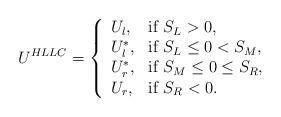
LaTeX: \begin{align*}U^{HLLC}=\left\{\begin{array}{ll}U_l, &\textrm{if $S_L>0$},\\U^{*}_l, &\textrm{if $S_L\leq 0<S_M$},\\U^{*}_r, &\textrm{if $S_M\leq 0\leq S_R$},\\U_r, &\textrm{if $S_R<0$}.\end{array}\right.\end{align*}